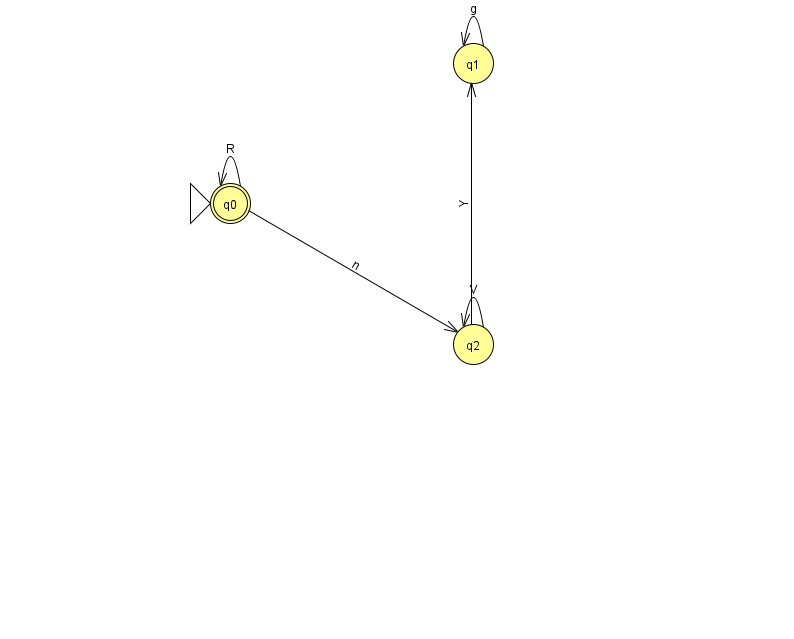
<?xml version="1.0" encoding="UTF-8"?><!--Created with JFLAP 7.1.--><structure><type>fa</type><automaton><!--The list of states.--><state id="0" name="q0"><x>230.0</x><y>190.0</y><initial/><final/></state><state id="1" name="q1"><x>473.0</x><y>50.0</y></state><state id="2" name="q2"><x>473.0</x><y>331.0</y></state><!--The list of transitions.--><transition><from>0</from><to>2</to><read>n</read></transition><transition><from>0</from><to>0</to><read>R</read></transition><transition><from>2</from><to>1</to><read>Y</read></transition><transition><from>2</from><to>2</to><read>V</read></transition><transition><from>1</from><to>1</to><read>g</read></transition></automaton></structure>